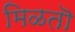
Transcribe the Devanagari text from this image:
मिळतॊ